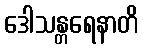
ဒေါသန္တရေနာတိ